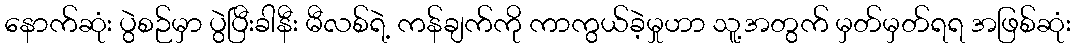
နောက်ဆုံး ပွဲစဉ်မှာ ပွဲပြီးခါနီး မီလစ်ရဲ့ ကန်ချက်ကို ကာကွယ်ခဲ့မှုဟာ သူ့အတွက် မှတ်မှတ်ရရ အဖြစ်ဆုံး